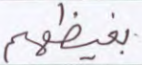
بغيظهم